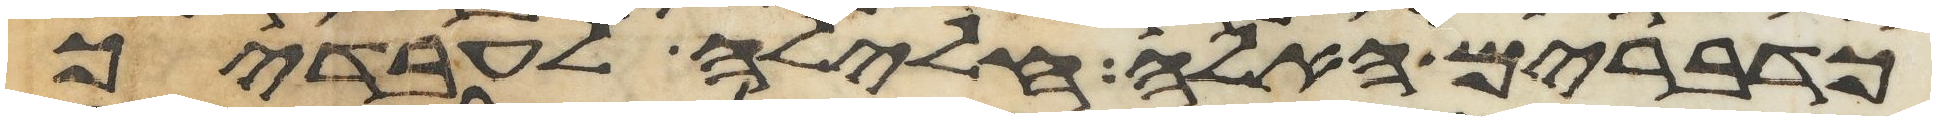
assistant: כדברים האלה חלילה לעבדיך